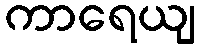
ကာရေယျ